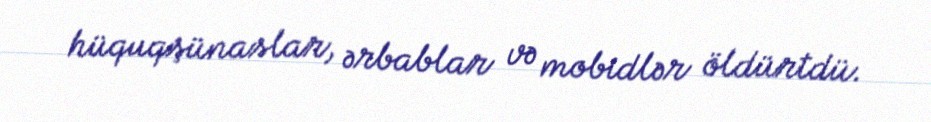
hüquqşünaslar, ərbablar və mobidlər öldürtdü.